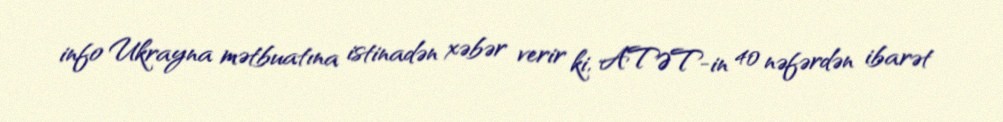
info Ukrayna mətbuatına istinadən xəbər verir ki, ATƏT-in 40 nəfərdən ibarət